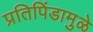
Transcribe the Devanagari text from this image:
प्रतिपिंडामुळे